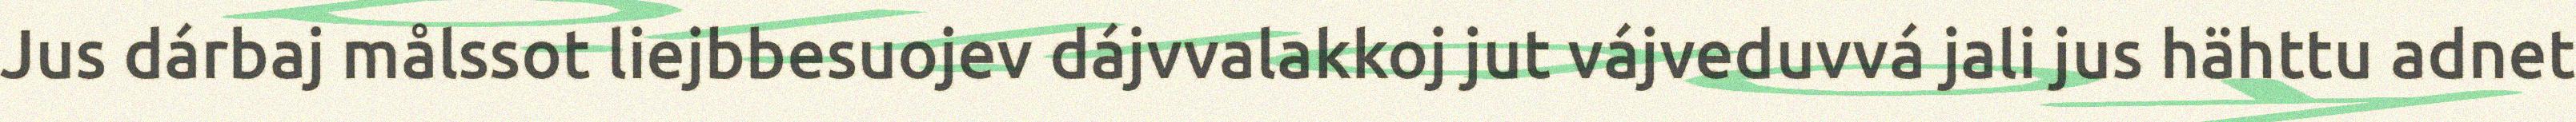
Jus dárbaj målssot liejbbesuojev dájvvalakkoj jut vájveduvvá jali jus hähttu adnet